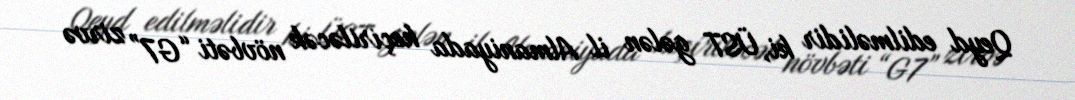
Qeyd edilməlidir ki, ÜST gələn il Almaniyada keçiriləcək növbəti “G7” zirvə